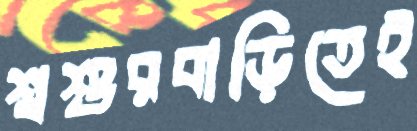
শ্বশুরবাড়িতেই